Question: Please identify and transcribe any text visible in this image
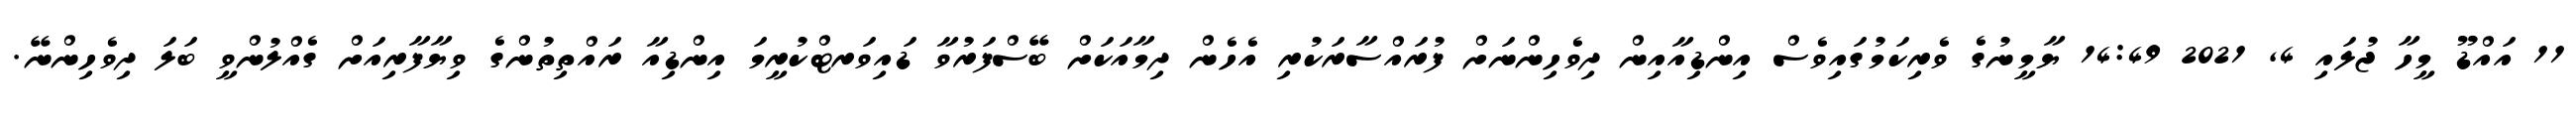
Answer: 11 އައްޑޫ މީހާ ޖުލައި 4, 2021 14:49 ޔާމީނުގެ ވެރިކަމުގައިވެސް އިންޑިއާއިން ދިވެހިންނަށް ފުރައްސާރަކުރި އެހެން ދިމާއަކަށް ބޭސްފަރުވާ ޑައިވަރޓްކުރީމަ އިންޑިއާ ރައްތިތުންގެ ވިޔާފާރިއަށް ގެއްލުންވީ ބަލަ ދިވެހިންނޭ.